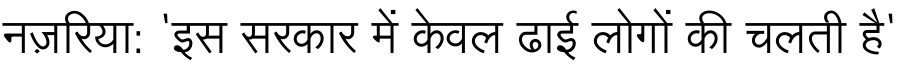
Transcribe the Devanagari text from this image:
नज़रिया: 'इस सरकार में केवल ढाई लोगों की चलती है'